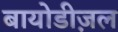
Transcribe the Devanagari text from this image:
बायोडीज़ल